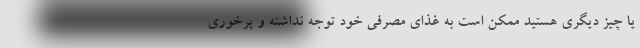
یا چیز دیگری هستید ممکن است به غذای مصرفی خود توجه نداشته و پرخوری